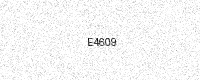
Text: E4609